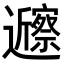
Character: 𬩲